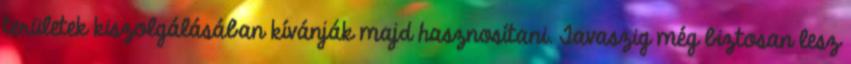
területek kiszolgálásában kívánják majd hasznosítani. Tavaszig még biztosan lesz